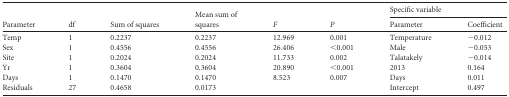
| <ROWSPAN=2> Parameter | <ROWSPAN=2> df | <ROWSPAN=2> Sum of squares | <ROWSPAN=2> Mean sum of squares | <ROWSPAN=2> F | <ROWSPAN=2> P | <COLSPAN=2> Specific variable |
 | Parameter | Coefficient |
 | --- | --- | --- | --- | --- | --- | --- | --- |
 | Temp | 1 | 0.2237 | 0.2237 | 12.969 | 0.001 | Temperature | −0.012 |
 | Sex | 1 | 0.4556 | 0.4556 | 26.406 | <0.001 | Male | −0.053 |
 | Site | 1 | 0.2024 | 0.2024 | 11.733 | 0.002 | Talatakely | −0.014 |
 | Yr | 1 | 0.3604 | 0.3604 | 20.890 | <0.001 | 2013 | 0.164 |
 | Days | 1 | 0.1470 | 0.1470 | 8.523 | 0.007 | Days | 0.011 |
 | Residuals | 27 | 0.4658 | 0.0173 |  |  | Intercept | 0.497 |